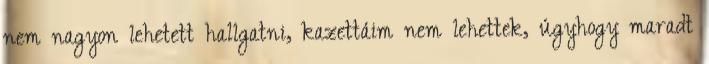
nem nagyon lehetett hallgatni, kazettáim nem lehettek, úgyhogy maradt